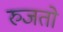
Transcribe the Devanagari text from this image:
रुजतो